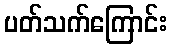
ပတ်သက်ကြောင်း